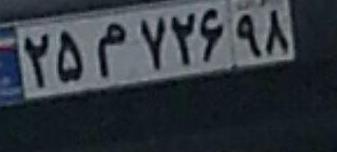
۲۵م۷۲۶۹۸